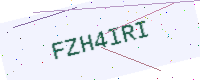
Text: FZH4IRI